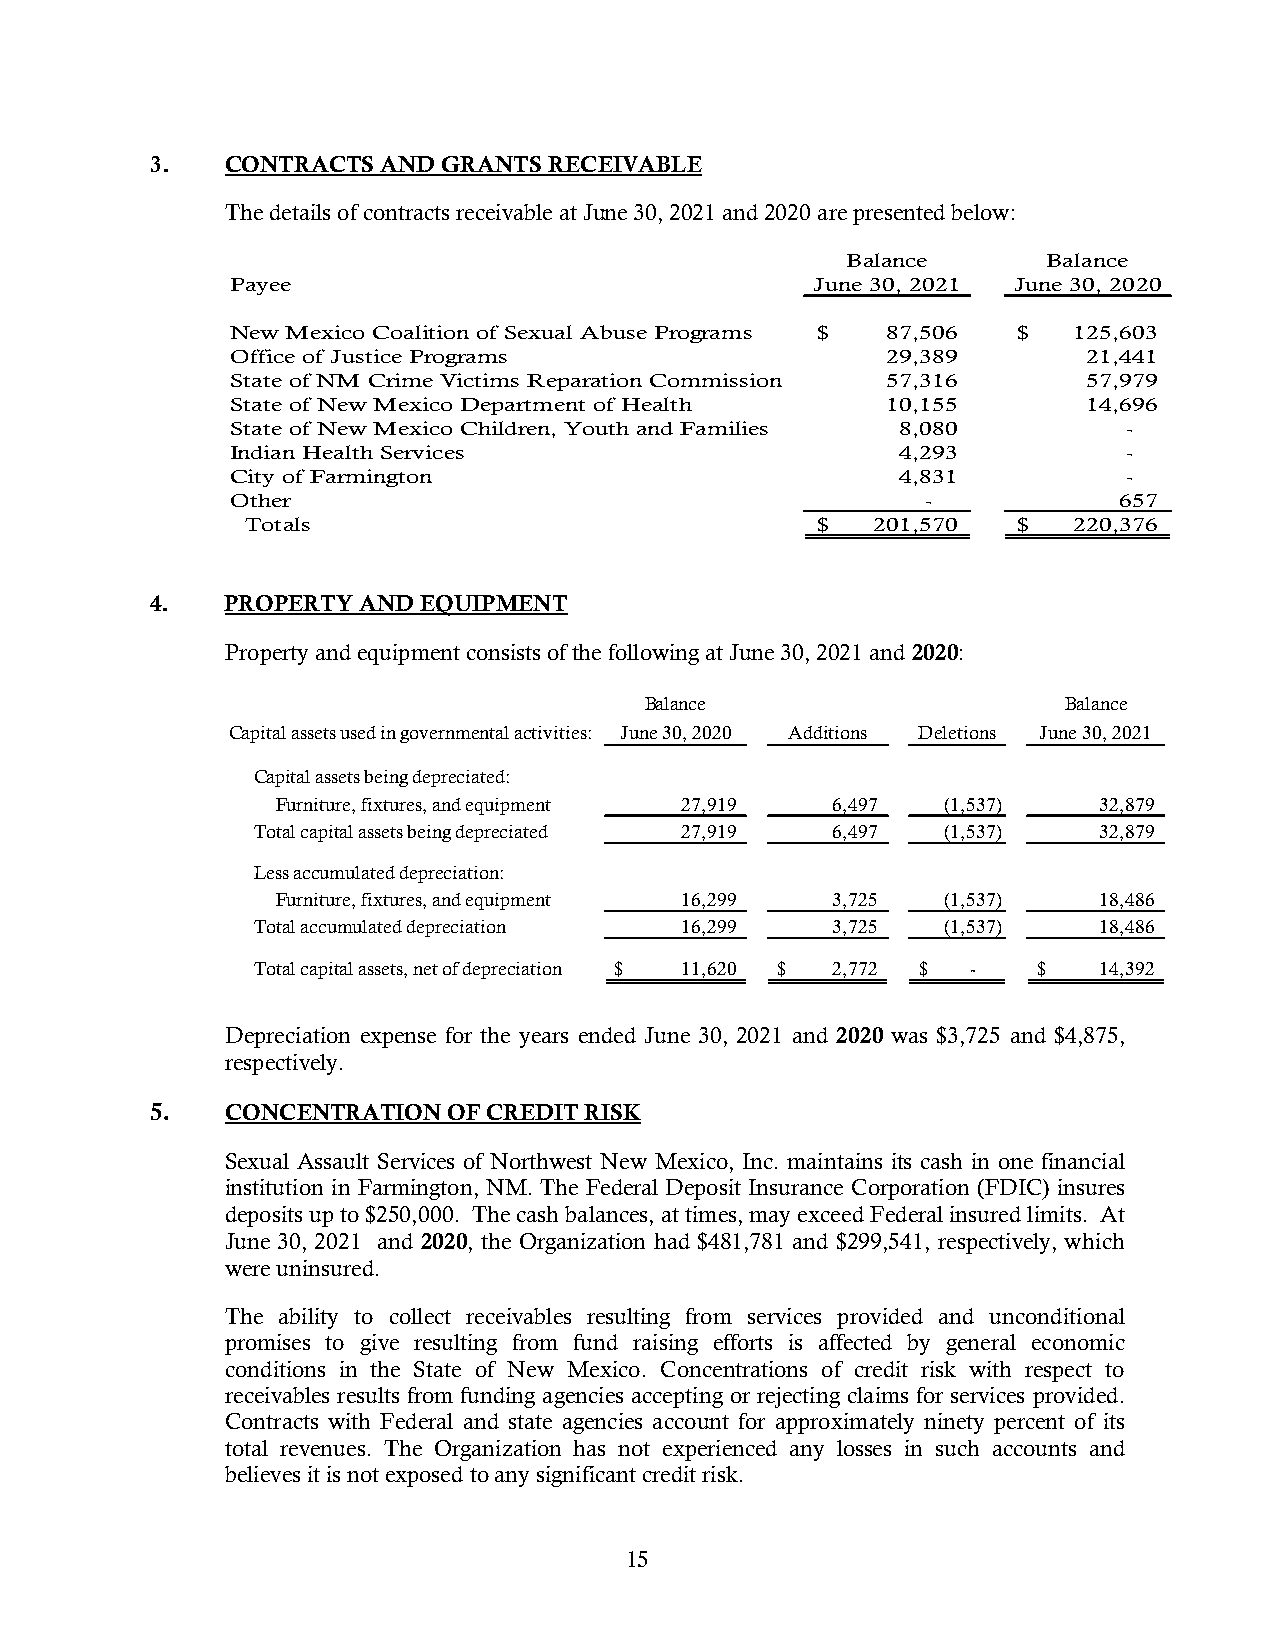
3.   CONTRACTS AND GRANTS RECEIVABLE
 The details of contracts receivable at June 30, 2021 and 2020 are presented below:
 Balance      Balance
 Payee                                  June 30, 2021 June 30, 2020
 New Mexico Coalition of Sexual Abuse Programs $ 87,506 $ 125,603
 Office of Justice Programs                  29,389       21,441
 State of NM Crime Victims Reparation Commission 57,316   57,979
 State of New Mexico Department of Health    10,155       14,696
 State of New Mexico Children, Youth and Families 8,080      -
 Indian Health Services                       4,293          -
 City of Farmington                           4,831          -
 Other                                         -            657
 Totals                                $   201,570  $   220,376
 4.   PROPERTY AND EQUIPMENT
 Property and equipment consists of the following at June 30, 2021 and 2020:
 Balance                     Balance
 Capital assets used in governmental activities: June 30, 2020 Additions Deletions June 30, 2021
 Capital assets being depreciated:
 Furniture, fixtures, and equipment 27,919 6,497 (1,537) 32,879
 Total capital assets being depreciated 27,919 6,497 (1,537) 32,879
 Less accumulated depreciation:
 Furniture, fixtures, and equipment 16,299 3,725 (1,537) 18,486
 Total accumulated depreciation 16,299 3,725   (1,537)   18,486
 Total capital assets, net of depreciation $ 11,620 $ 2,772 $ - $ 14,392
 Depreciation expense for the years ended June 30, 2021 and 2020 was $3,725 and $4,875,
 respectively.
 5.   CONCENTRATION  OF CREDIT RISK
 Sexual Assault Services of Northwest New Mexico, Inc. maintains its cash in one financial
 institution in Farmington, NM. The Federal Deposit Insurance Corporation (FDIC) insures
 deposits up to $250,000. The cash balances, at times, may exceed Federal insured limits. At
 June 30, 2021 and 2020, the Organization had $481,781 and $299,541, respectively, which
 were uninsured.
 The ability to collect receivables resulting from services provided and unconditional
 promises to give resulting from fund raising efforts is affected by general economic
 conditions in the State of New Mexico. Concentrations of credit risk with respect to
 receivables results from funding agencies accepting or rejecting claims for services provided.
 Contracts with Federal and state agencies account for approximately ninety percent of its
 total revenues. The Organization has not experienced any losses in such accounts and
 believes it is not exposed to any significant credit risk.
 15